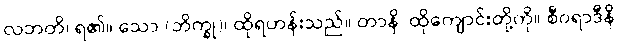
လဘတိ၊ ရ၏။ သော (ဘိက္ခု)၊ ထိုရဟန်းသည်။ တာနိ၊ ထိုကျောင်းတို့ကို။ စီဝရာဒီနိ